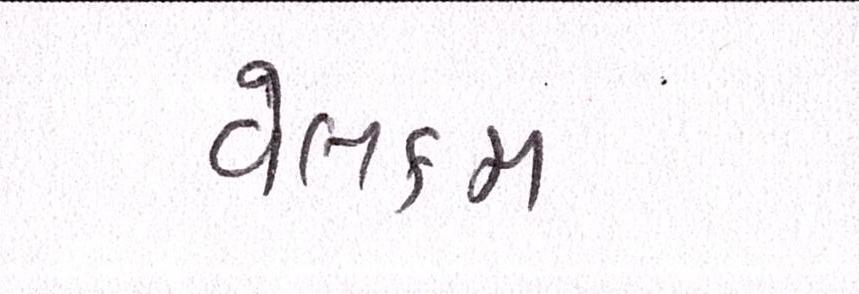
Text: વેલકમ